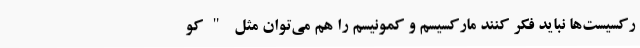
رکسیست‌ها نباید فکر کنند مارکسیسم و کمونیسم را هم می‌توان مثل "کو